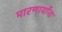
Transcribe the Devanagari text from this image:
मारणार्यांना